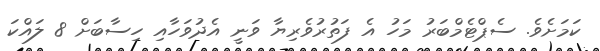
ކަމަށެވެ. ސެޕްޓެމްބަރު މަހު އެ ފަތުރުވެރިޔާ ވަނީ އެދުވަހާއި ހިސާބަށް 8 ލައްކަ